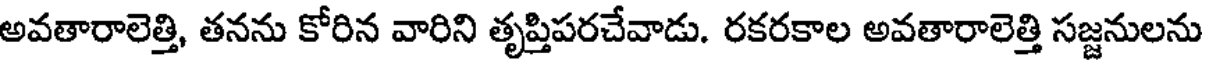
అవతారాలెత్తి, తనను కోరిన వారిని తృప్తిపరచేవాడు. రకరకాల అవతారాలెత్తి సజ్జనులను